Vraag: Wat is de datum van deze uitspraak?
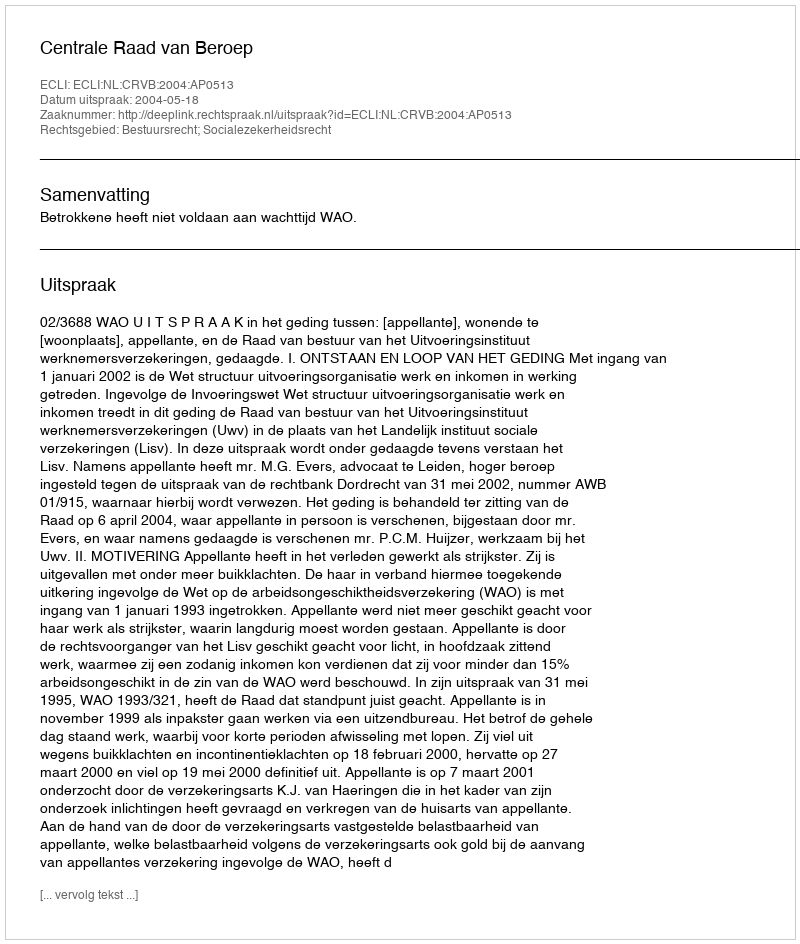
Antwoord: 2004-05-18